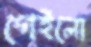
গেইলো